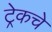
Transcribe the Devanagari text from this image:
ट्रेकचे